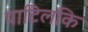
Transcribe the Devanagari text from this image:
पाटिलकि